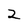
Character: 2